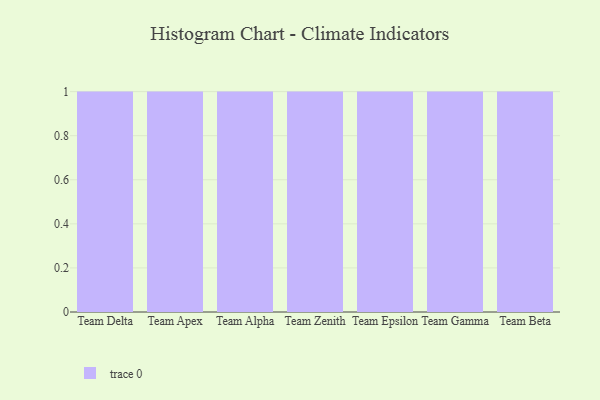
{"axis": {"x": "Team", "y": "Operating Costs (USD K)"}, "legend": [""], "data": [{"x": "Team Delta", "y": 40, "type": ""}, {"x": "Team Apex", "y": 26, "type": ""}, {"x": "Team Alpha", "y": 21, "type": ""}, {"x": "Team Zenith", "y": 46, "type": ""}, {"x": "Team Epsilon", "y": 75, "type": ""}, {"x": "Team Gamma", "y": 4, "type": ""}, {"x": "Team Beta", "y": 54, "type": ""}]}